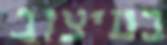
בעיצוב